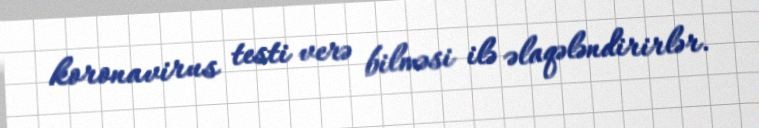
koronavirus testi verə bilməsi ilə əlaqələndirirlər.